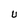
Character: U